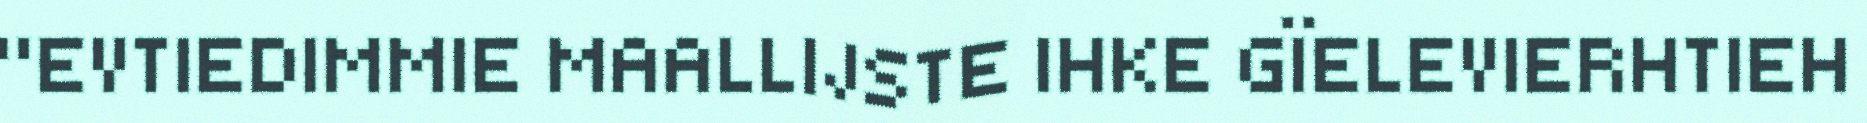
"EVTIEDIMMIE MAALLIJSTE IHKE GÏELEVIERHTIEH